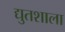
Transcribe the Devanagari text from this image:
द्युतशाला